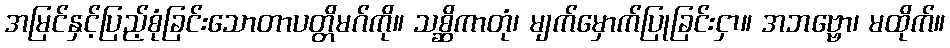
အမြင်နှင့်ပြည့်စုံခြင်းသောတာပတ္တိမဂ်ကို။ သစ္ဆိကာတုံ၊ မျက်မှောက်ပြုခြင်းငှာ။ အဘဗ္ဗော၊ မထိုက်။